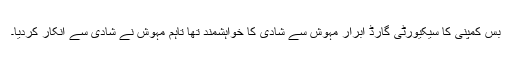
بس کمپنی کا سیکیورٹی گارڈ ابرار مہوش سے شادی کا خواہشمند تھا تاہم مہوش نے شادی سے انکار کردیا۔